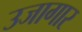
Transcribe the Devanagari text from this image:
उजागार